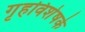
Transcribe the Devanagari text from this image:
गृहविशेषके